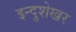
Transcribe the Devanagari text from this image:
इन्दुशेखर